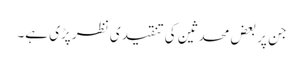
جن پر بعض محدثین کی تنقیدی نظر پڑی ہے۔